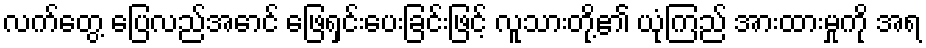
လက်တွေ့ ပြေလည်အောင် ဖြေရှင်းပေးခြင်းဖြင့် လူသားတို့၏ ယုံကြည် အားထားမှုကို အရ